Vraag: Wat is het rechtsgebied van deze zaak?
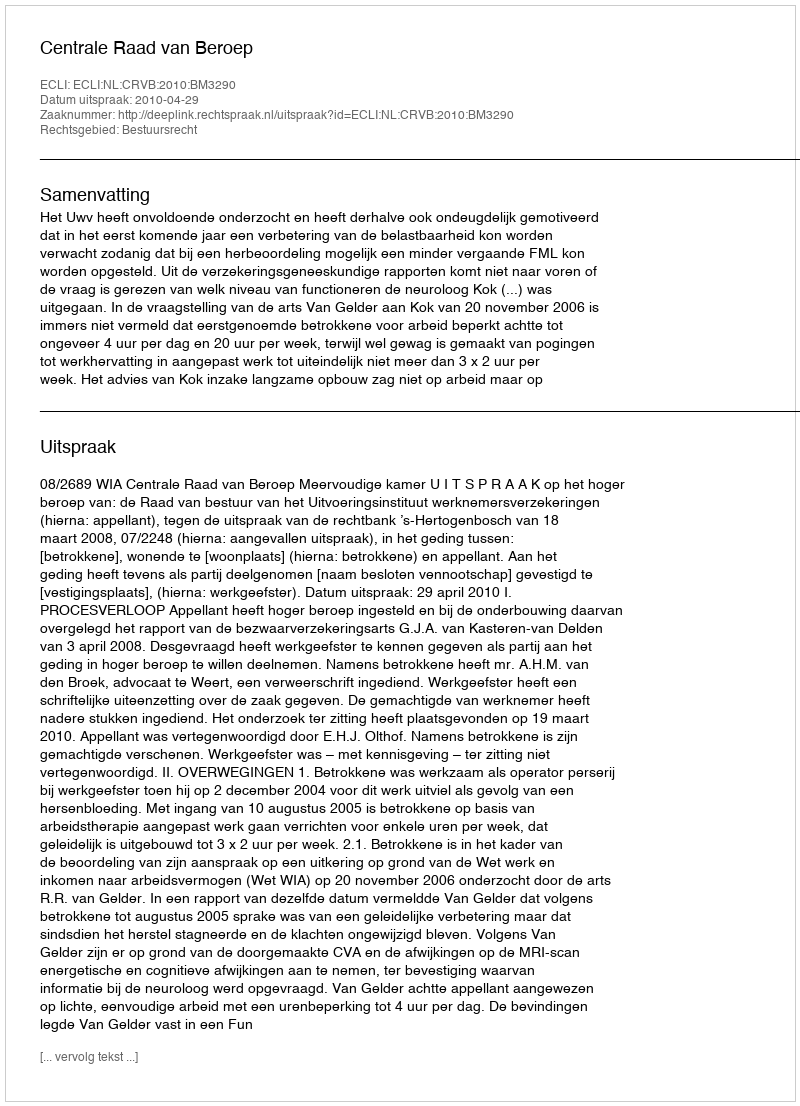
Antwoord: Bestuursrecht